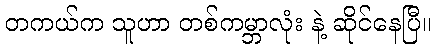
တကယ်က သူဟာ တစ်ကမ္ဘာလုံး နဲ့ ဆိုင်နေပြီ။